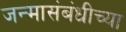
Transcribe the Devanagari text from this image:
जन्मासंबंधीच्या